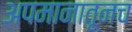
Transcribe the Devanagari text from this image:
अपमानातूनच